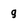
Character: 9